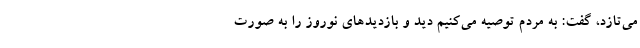
می‌تازد، گفت: به مردم توصیه می‌کنیم دید و بازدیدهای نوروز را به صورت